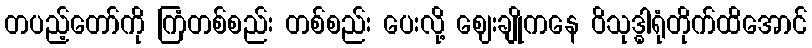
တပည့်တော်ကို ကြံတစ်စည်း တစ်စည်း ပေးလို့ ဈေးချိုကနေ ဝိသုဒ္ဓါရုံတိုက်ထိအောင်